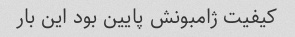
کیفیت ژامبونش پایین بود این بار